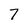
Character: 7